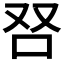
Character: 𰇍